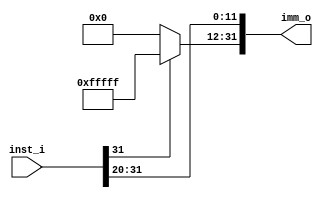
module Sign_Extend
(
	inst_i,
	imm_o
);

input  [31 : 0] inst_i;
output [31 : 0] imm_o;

assign imm_o[11 : 0] = inst_i[31 : 20];
assign imm_o[31 : 12] = (inst_i[31] == 1'b0)? {20{1'b0}} : {20{1'b1}};

endmodule